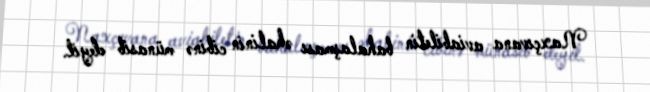
Naxçıvana aviabiletin bahalaşması əhalinin cibinə münasib deyil.